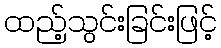
ထည့်သွင်းခြင်းဖြင့်